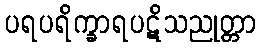
ပရပရိက္ခာရပဋိသညုတ္တာ